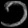
Digit: ၁